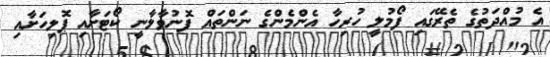
އެ މުއްދަތުގެ ތެރޭގައި ފޯމުލީ ހުރިހާ އެންމެންގެ ނަންތައް ފޮނުވާލާނީ ކޯޓަށާއި ޕޮލިހަށާއި